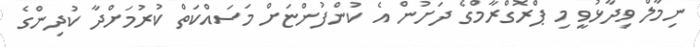
ނިމާލް ވިދާޅުވީ މި ޕްރޮގްރާމްގެ ދަށުން އެ ކުންފުންޏަށް މަސައްކަތް ކުރުމަށްދާ ކުދިންގެ